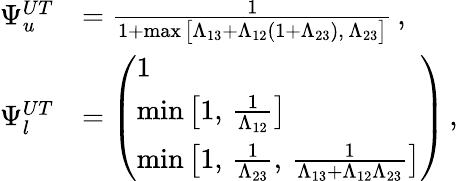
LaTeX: \begin{array}{rl}{\Psi_{u}^{UT}}&{=\frac{1}{1+\operatorname*{max}\big[\Lambda_{13}+\Lambda_{12}(1+\Lambda_{23}),\, \Lambda_{23}\big]}\, ,}\\ {\Psi_{l}^{UT}}&{=\left(\begin{array}{l}{1}\\ {\operatorname*{min}\big[1,\, \frac{1}{\Lambda_{12}}\big]}\\ {\operatorname*{min}\big[1,\, \frac{1}{\Lambda_{23}},\, \frac{1}{\Lambda_{13}+\Lambda_{12}\Lambda_{23}}\big]}\end{array}\right)\, ,}\end{array}